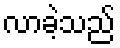
လာခဲ့သည်